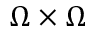
\Omega \times \Omega